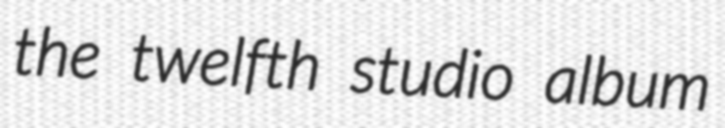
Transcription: the twelfth studio album